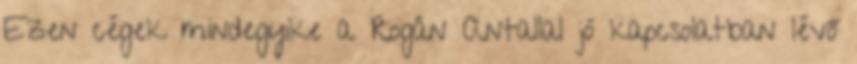
Ezen cégek mindegyike a Rogán Antallal jó kapcsolatban lévő